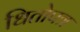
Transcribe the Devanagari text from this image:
धितोपत्र